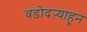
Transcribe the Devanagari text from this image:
वडोदऱ्याहून